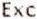
EXC